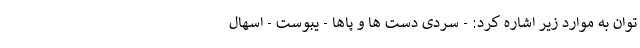
توان به موارد زیر اشاره کرد: - سردی دست ها و پاها - یبوست - اسهال